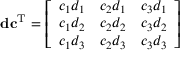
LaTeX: \mathbf { d } \mathbf { c } ^ { \mathrm { T } } = { \left[ \begin{array} { l l l } { c _ { 1 } d _ { 1 } } & { c _ { 2 } d _ { 1 } } & { c _ { 3 } d _ { 1 } } \\ { c _ { 1 } d _ { 2 } } & { c _ { 2 } d _ { 2 } } & { c _ { 3 } d _ { 2 } } \\ { c _ { 1 } d _ { 3 } } & { c _ { 2 } d _ { 3 } } & { c _ { 3 } d _ { 3 } } \end{array} \right] }